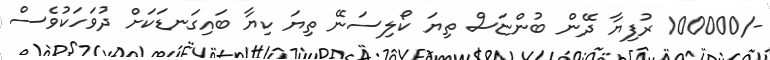
-/100000 ރުފިޔާ ދޭން ބުންޏަސް ތިޔަ ކޯލިސަނޭ ތިޔަ ކިޔާ ބައިގަނޑަކަށް ދުވަހަކުވެސް